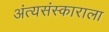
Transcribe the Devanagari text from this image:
अंत्यसंस्काराला